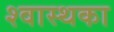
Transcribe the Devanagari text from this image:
श्वास्थका